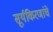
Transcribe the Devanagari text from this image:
सूर्यकिरणांचे